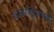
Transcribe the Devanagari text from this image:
इलेक्ट्रिकच्या